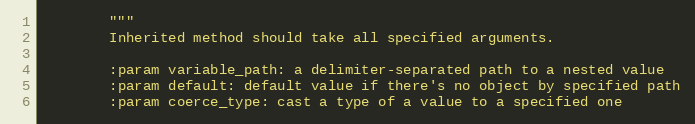
Language: Python
        """
        Inherited method should take all specified arguments.

        :param variable_path: a delimiter-separated path to a nested value
        :param default: default value if there's no object by specified path
        :param coerce_type: cast a type of a value to a specified one